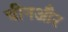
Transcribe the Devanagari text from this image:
चीनऔर